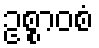
ဥစ္စာဝစံ